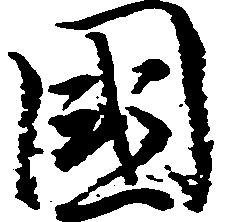
国